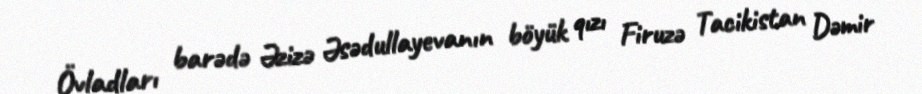
Övladları barədə Əzizə Əsədullayevanın böyük qızı Firuzə Tacikistan Dəmir